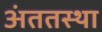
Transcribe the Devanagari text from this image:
अंततस्था